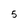
Character: 5